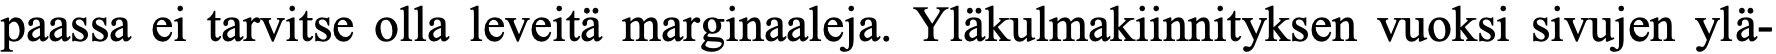
paassa ei tarvitse olla leveitä marginaaleja. Yläkulmakiinnityksen vuoksi sivujen ylä-